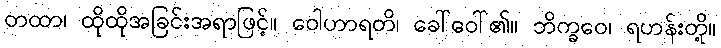
တထာ၊ ထိုထိုအခြင်းအရာဖြင့်။ ဝေါဟာရတိ၊ ခေါ်ဝေါ်၏။ ဘိက္ခဝေ၊ ရဟန်းတို့။